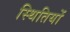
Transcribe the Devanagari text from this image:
स्‍थितियों